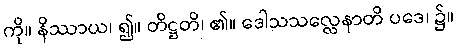
ကို။ နိဿာယ၊ ၍။ တိဋ္ဌတိ၊ ၏။ ဒေါသသလ္လေနာတိ ပဒေ၊ ၌။